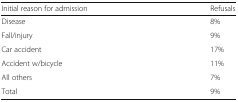
| Initial reason for admission | Refusals |
 | --- | --- |
 | Disease | 8% |
 | Fall/injury | 9% |
 | Car accident | 17% |
 | Accident w/bicycle | 11% |
 | All others | 7% |
 | Total | 9% |